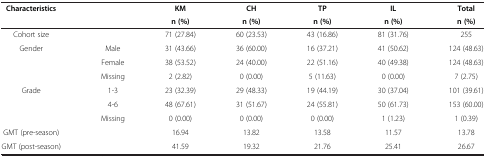
<table><thead><tr><td><b>Characteristics</b></td><td><b> </b></td><td><b>KM</b></td><td><b>CH</b></td><td><b>TP</b></td><td><b>IL</b></td><td><b>Total</b></td></tr><tr><td><b> </b></td><td><b> </b></td><td><b>n (%)</b></td><td><b>n (%)</b></td><td><b>n (%)</b></td><td><b>n (%)</b></td><td><b>n (%)</b></td></tr></thead><tbody><tr><td>Cohort size</td><td> </td><td>71 (27.84)</td><td>60 (23.53)</td><td>43 (16.86)</td><td>81 (31.76)</td><td>255</td></tr><tr><td rowspan="3">Gender</td><td>Male</td><td>31 (43.66)</td><td>36 (60.00)</td><td>16 (37.21)</td><td>41 (50.62)</td><td>124 (48.63)</td></tr><tr><td>Female</td><td>38 (53.52)</td><td>24 (40.00)</td><td>22 (51.16)</td><td>40 (49.38)</td><td>124 (48.63)</td></tr><tr><td>Missing</td><td>2 (2.82)</td><td>0 (0.00)</td><td>5 (11.63)</td><td>0 (0.00)</td><td>7 (2.75)</td></tr><tr><td rowspan="3">Grade</td><td>1-3</td><td>23 (32.39)</td><td>29 (48.33)</td><td>19 (44.19)</td><td>30 (37.04)</td><td>101 (39.61)</td></tr><tr><td>4-6</td><td>48 (67.61)</td><td>31 (51.67)</td><td>24 (55.81)</td><td>50 (61.73)</td><td>153 (60.00)</td></tr><tr><td>Missing</td><td>0 (0.00)</td><td>0 (0.00)</td><td>0 (0.00)</td><td>1 (1.23)</td><td>1 (0.39)</td></tr><tr><td>GMT (pre-season)</td><td> </td><td>16.94</td><td>13.82</td><td>13.58</td><td>11.57</td><td>13.78</td></tr><tr><td>GMT (post-season)</td><td> </td><td>41.59</td><td>19.32</td><td>21.76</td><td>25.41</td><td>26.67</td></tr></tbody></table>